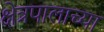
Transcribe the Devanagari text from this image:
क्षेत्रपालाच्या